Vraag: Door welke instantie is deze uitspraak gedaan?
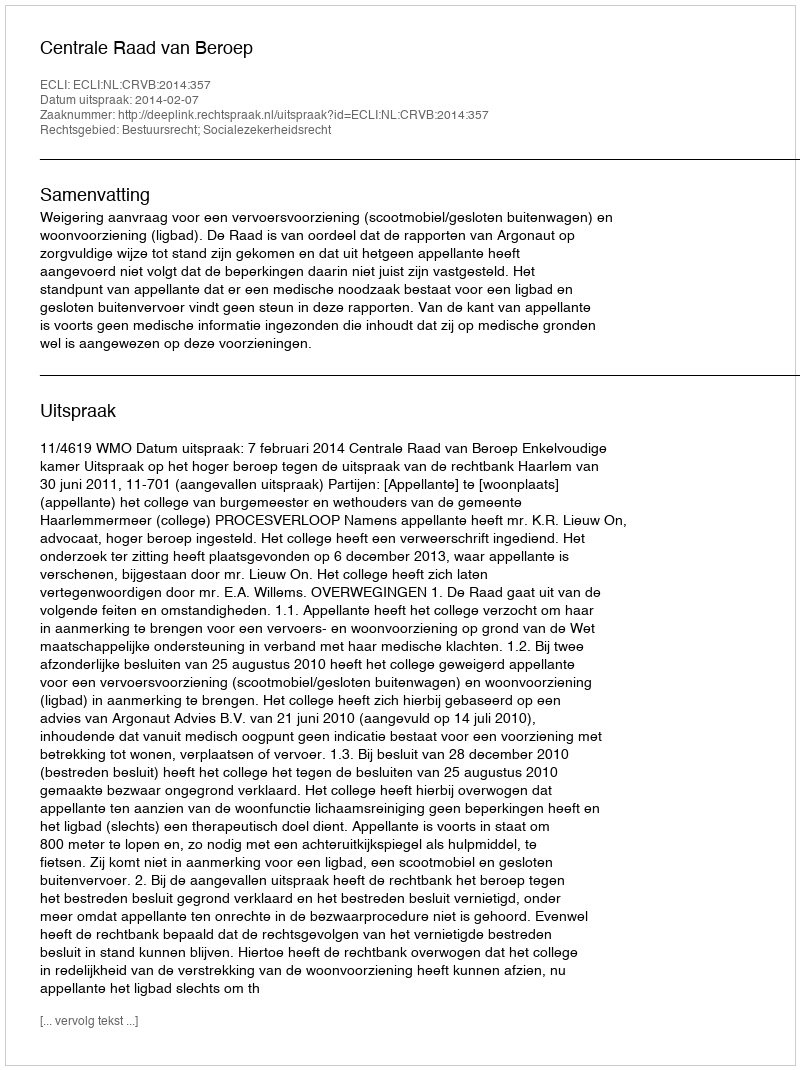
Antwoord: Centrale Raad van Beroep